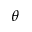
\theta